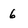
Character: 6